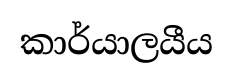
කාර්යාලයීය